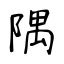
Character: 隅